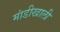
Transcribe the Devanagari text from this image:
मांडीखाली